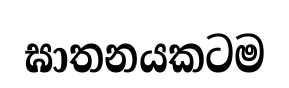
ඝාතනයකටම